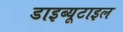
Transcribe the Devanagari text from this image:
डाइब्यूटाइल